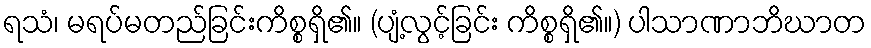
ရသံ၊ မရပ်မတည်ခြင်းကိစ္စရှိ၏။ (ပျံ့လွင့်ခြင်း ကိစ္စရှိ၏။) ပါသာဏာဘိဃာတ